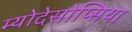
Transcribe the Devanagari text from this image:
म्योदेसोप्सिया